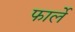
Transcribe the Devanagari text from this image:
फार्ले